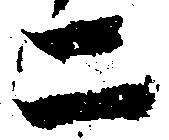
二